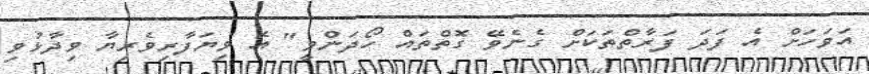
އަވަހަށް އެ ފަދަ ފަރާތްތަކަށް ގެނެވޭ ގޮތްތައް ހޯދަންވީ" އެ ވިޔަފާރިވެރިޔާ ވިދާޅުވި